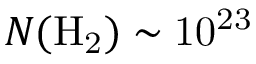
N ( \mathrm { { H } _ { 2 } ) \sim 1 0 ^ { 2 3 } }